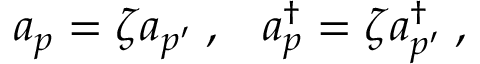
a _ { p } = \zeta a _ { p ^ { \prime } } \; , \; \; \; a _ { p } ^ { \dagger } = \zeta a _ { p ^ { \prime } } ^ { \dagger } \; ,